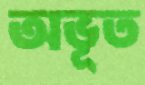
অভূত